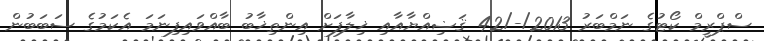
ސްޕްރީމް ކޯޓުގެ ނަމްބަރު 2013/-/42 ޤަޟިއްޔާއާއި ޚިލާފަށް އިންތިޚާބު ބާއްވައިފިނަމަ އެކަމުގެ ސަބަބުން